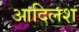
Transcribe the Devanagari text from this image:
आदिलश